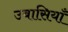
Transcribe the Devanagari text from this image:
उबासियाँ